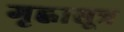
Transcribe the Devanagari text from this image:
गृह्वासूत्र